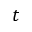
t